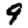
Digit: 9